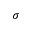
\sigma